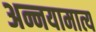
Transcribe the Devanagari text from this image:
अन्नयामात्य